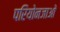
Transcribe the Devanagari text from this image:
परियोनजाओं